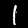
Digit: 1